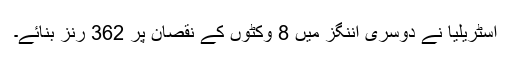
آسٹریلیا نے دوسری اننگز میں 8 وکٹوں کے نقصان پر 362 رنز بنائے۔